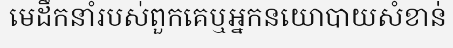
មេដឹកនាំរបស់ពួកគេឬអ្នកនយោបាយសំខាន់